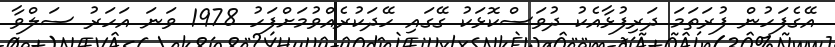
އޭގެފަހުން ފުރަތަމަ ދަރިފުޅާއެކު ދުވަސްކޮޅަކު ގޭގައި ހޭދަކުރެއްވުމަށްފަހު 1978 ވަަނަ އަހަރު ސަލްވާ